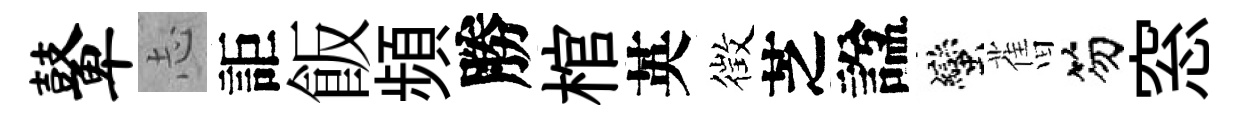
鼙𢖽詎飯頻勝棺英徴芝諡蠻𦾔笏窓